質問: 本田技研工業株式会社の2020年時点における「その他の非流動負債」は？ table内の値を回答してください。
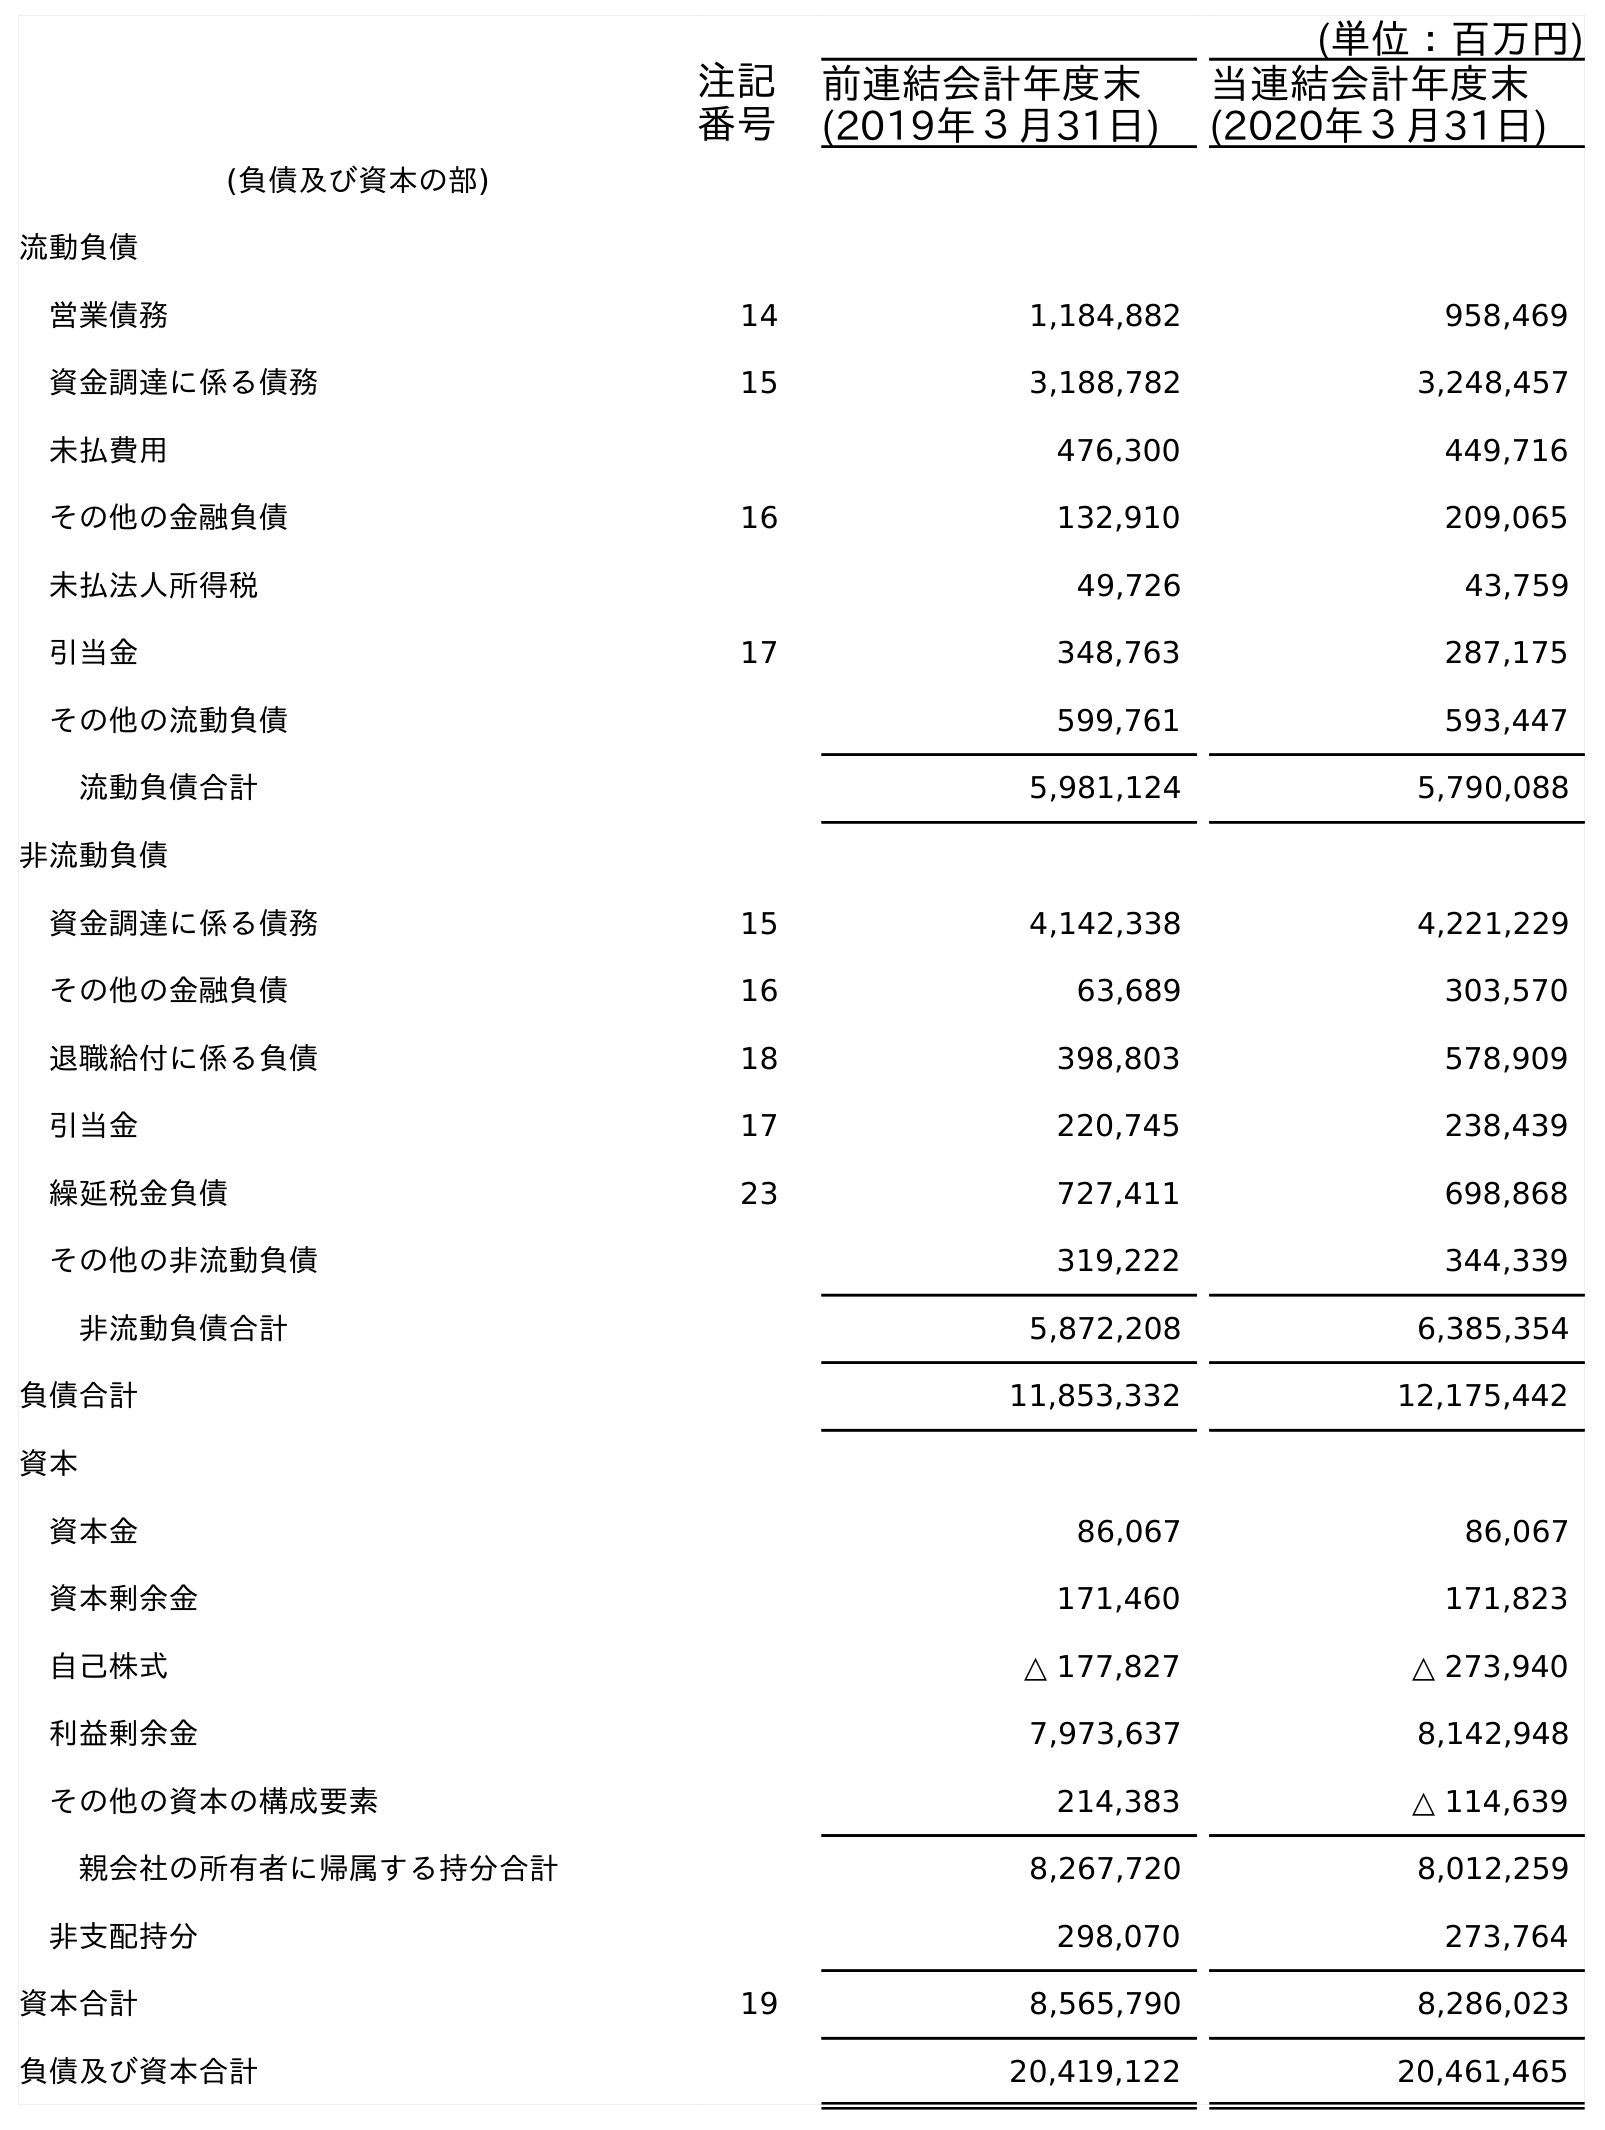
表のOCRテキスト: (単位：百万円) 注記 番号 前連結会計年度末 (2019年３月31日) 当連結会計年度末 (2020年３月31日) (負債及び資本の部) 流動負債 営業債務 14 1,184,882 958,469 資金調達に係る債務 15 3,188,782 3,248,457 未払費用 476,300 449,716 その他の金融負債 16 132,910 209,065 未払法人所得税 49,726 43,759 引当金 17 348,763 287,175 その他の流動負債 599,761 593,447 流動負債合計 5,981,124 5,790,088 非流動負債 資金調達に係る債務 15 4,142,338 4,221,229 その他の金融負債 16 63,689 303,570 退職給付に係る負債 18 398,803 578,909 引当金 17 220,745 238,439 繰延税金負債 23 727,411 698,868 その他の非流動負債 319,222 344,339 非流動負債合計 5,872,208 6,385,354 負債合計 11,853,332 12,175,442 資本 資本金 86,067 86,067 資本剰余金 171,460 171,823 自己株式 △ 177,827 △ 273,940 利益剰余金 7,973,637 8,142,948 その他の資本の構成要素 214,383 △ 114,639 親会社の所有者に帰属する持分合計 8,267,720 8,012,259 非支配持分 298,070 273,764 資本合計 19 8,565,790 8,286,023 負債及び資本合計 20,419,122 20,461,465
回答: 344,339